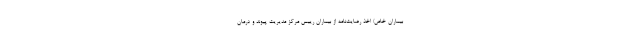
بیماران خاص/ اخذ رضایت‌نامه از بیماران رییس مرکز مدیریت پیوند و درمان